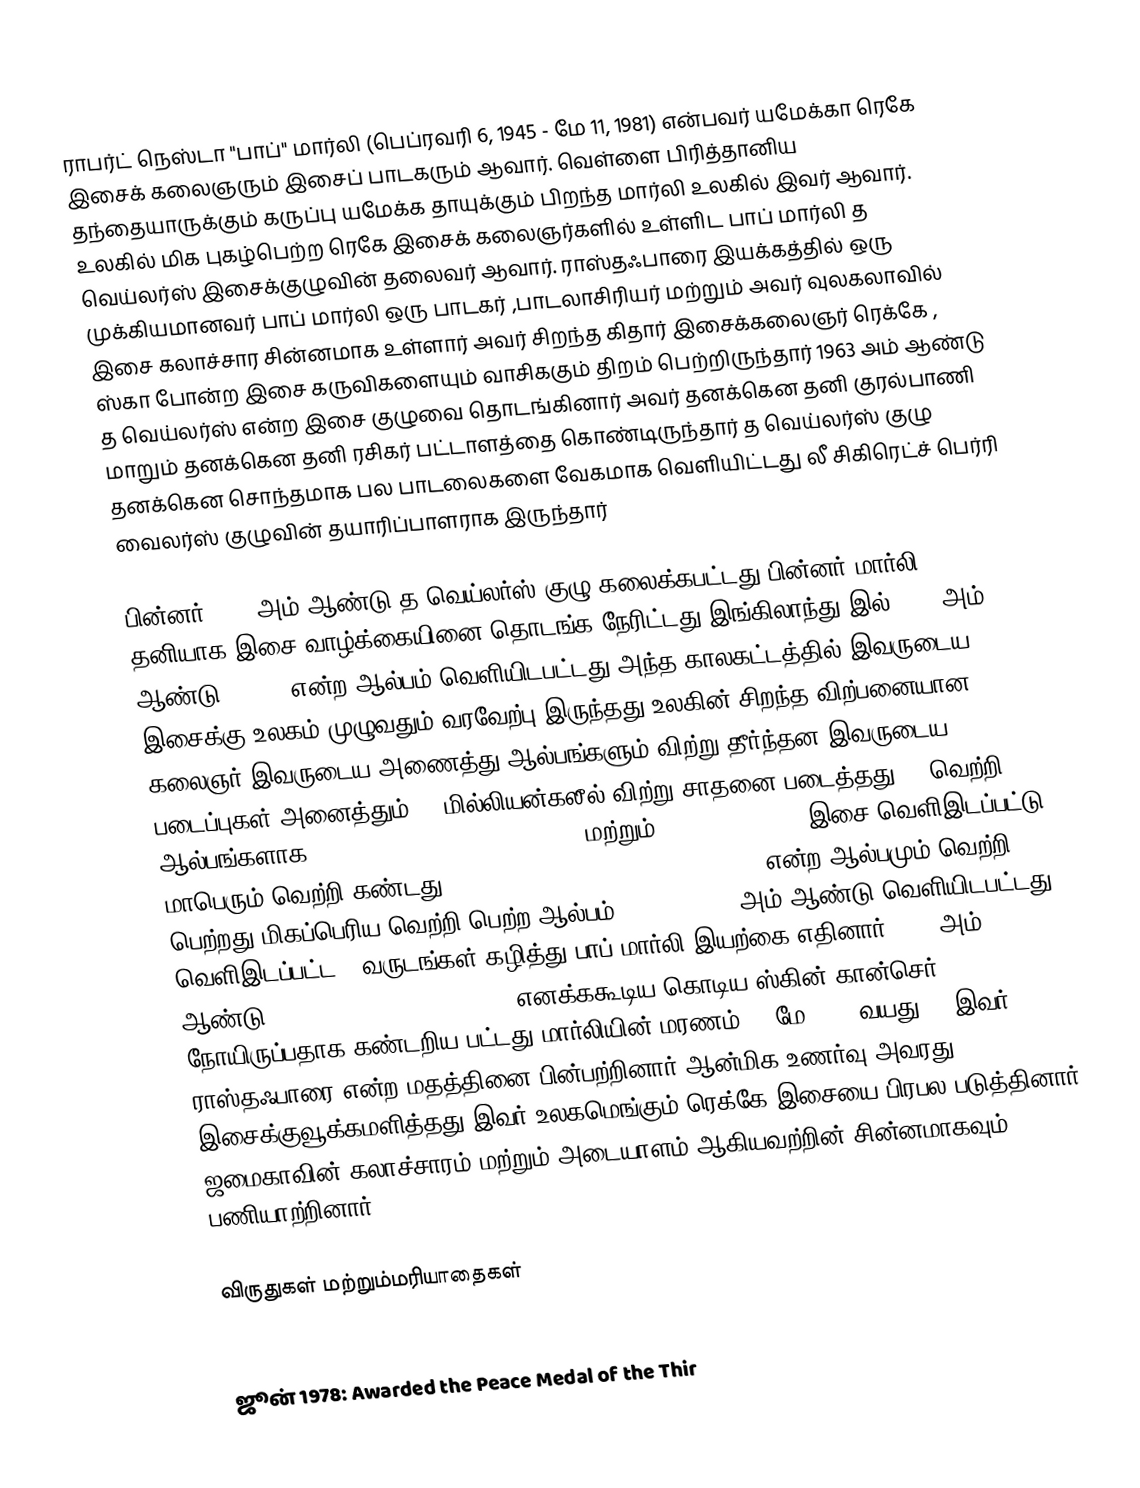
ராபர்ட் நெஸ்டா "பாப்" மார்லி (பெப்ரவரி 6, 1945 - மே 11, 1981) என்பவர் யமேக்கா ரெகே இசைக் கலைஞரும் இசைப் பாடகரும் ஆவார். வெள்ளை பிரித்தானிய தந்தையாருக்கும் கருப்பு யமேக்க தாயுக்கும் பிறந்த மார்லி உலகில் இவர் ஆவார். உலகில் மிக புகழ்பெற்ற ரெகே இசைக் கலைஞர்களில் உள்ளிட பாப் மார்லி த வெய்லர்ஸ் இசைக்குழுவின் தலைவர் ஆவார். ராஸ்தஃபாரை இயக்கத்தில் ஒரு முக்கியமானவர் பாப்  மார்லி  ஒரு பாடகர் ,பாடலாசிரியர் மற்றும் அவர் வுலகலாவில் இசை கலாச்சார சின்னமாக உள்ளார் அவர் சிறந்த கிதார் இசைக்கலைஞர்  ரெக்கே , ஸ்கா  போன்ற இசை கருவிகளையும் வாசிககும் திறம் பெற்றிருந்தார் 1963 அம் ஆண்டு த வெய்லர்ஸ் என்ற இசை குழுவை தொடங்கினார் அவர் தனக்கென தனி குரல்பாணி மாறும் தனக்கென தனி ரசிகர் பட்டாளத்தை  கொண்டிருந்தார்    த வெய்லர்ஸ் குழு தனக்கென சொந்தமாக பல பாடலைகளை வேகமாக வெளியிட்டது லீ சிகிரெட்ச் பெர்ரி  வைலர்ஸ் குழுவின் தயாரிப்பாளராக இருந்தார்

பின்னர் 1974  அம்  ஆண்டு த வெய்லர்ஸ்  குழு கலைக்கபட்டது  பின்னர் மார்லி தனியாக இசை வாழ்க்கையினை தொடங்க நேரிட்டது இங்கிலாந்து இல் 1977  அம் ஆண்டு Exodus என்ற ஆல்பம் வெளியிடபட்டது அந்த காலகட்டத்தில் இவருடைய இசைக்கு உலகம் முழுவதும் வரவேற்பு இருந்தது  உலகின் சிறந்த விற்பனையான கலைஞர் இவருடைய அணைத்து ஆல்பங்களும் விற்று தீர்ந்தன இவருடைய படைப்புகள் அனைத்தும் 75  மில்லியன்கலீல் விற்று சாதனை படைத்தது UK வெற்றி ஆல்பங்களாக   "Waiting in Vain", "Jamming", மற்றும்  "One Love".1978 இசை வெளிஇடப்பட்டு மாபெரும் வெற்றி  கண்டது"Is This Love" and "Satisfy My Soul  என்ற ஆல்பமும் வெற்றி  பெற்றது மிகப்பெரிய வெற்றி பெற்ற ஆல்பம் Legend, 1984  அம் ஆண்டு வெளியிடபட்டது வெளிஇடப்பட்ட 3 வருடங்கள் கழித்து பாப் மார்லி இயற்கை எதினார் 1974  அம் ஆண்டு acral lentiginous melanoma  எனக்ககூடிய  கொடிய ஸ்கின் கான்செர் நோயிருப்பதாக கண்டறிய பட்டது  மார்லியின் மரணம் 11 மே  1981  வயது 36 இவர் ராஸ்தஃபாரை  என்ற மதத்தினை பின்பற்றினார் ஆன்மிக உணர்வு அவரது இசைக்குவூக்கமளித்தது இவர் உலகமெங்கும் ரெக்கே இசையை பிரபல படுத்தினார் ஜமைகாவின் கலாச்சாரம் மற்றும் அடையாளம் ஆகியவற்றின் சின்னமாகவும் பணியாற்றினார்

விருதுகள் மற்றும்மரியாதைகள்
1976: Rolling Stone Band of the Year

ஜூன்  1978: Awarded the Peace Medal of the Thir